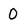
Character: 0